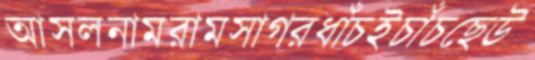
আসলনামরামসাগরধাঁচইচাঁচছেউ